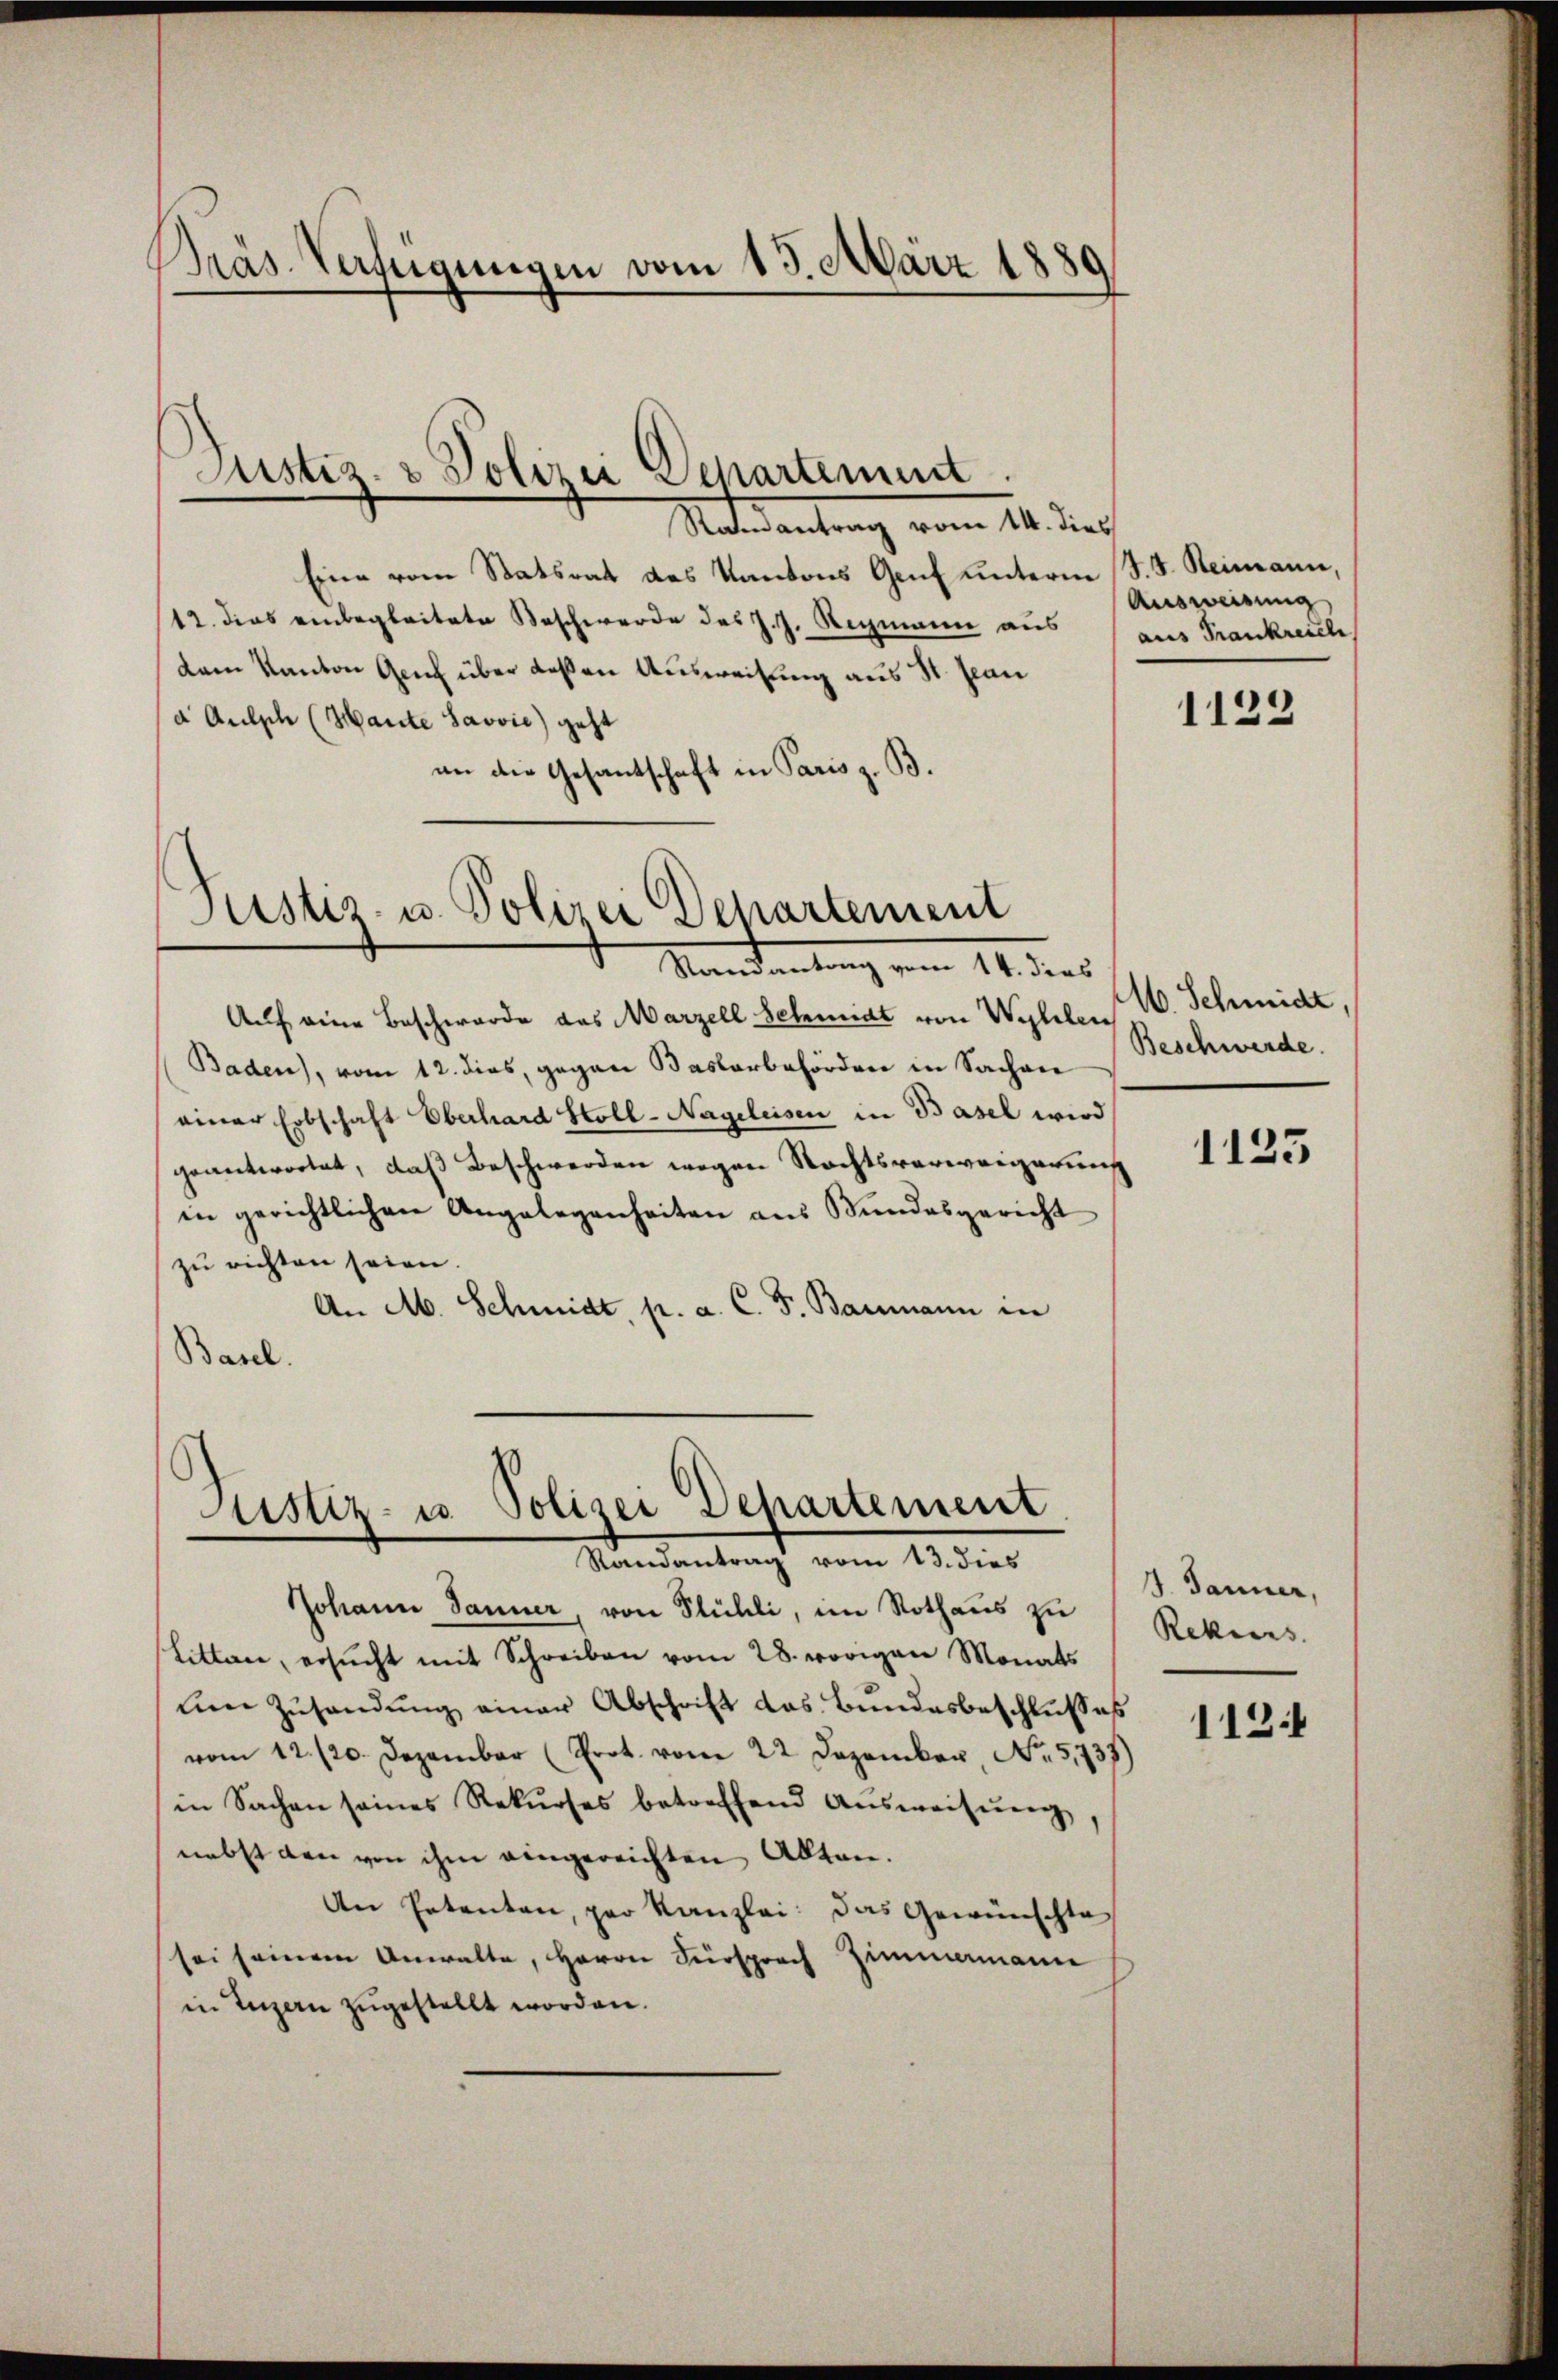
Präs. Verfügungen vom 13. März 1889

Justiz & Polizei Departement
Radesartung vom 14. dies

Eine vom Statsrat des Kantons Genf unterm S. J. Heimann,
12. dies einbegleitete Beschwerde des J. J. Regmann aus
dem Kanton Geich über deßen Ausweisung aus St. Jean
a Aufsch (Hante Savvić) geht
an die Gesantschaft in Paris z. B.

Justiz- u. Polizei Departement
Mandantung vom 14. des

Auf eine Beschwerde das Marzell Schmidt von Waller W. Schmidt,
Baden), vom 12. dies, gegen Bastorbehörden in Sachen Beschwerde.
einer Erbschaft Oberhard Stoll-Nageleisen in Basel wird
geantwortet, daß Beschwerden wegen Rechtsverweigerung
in gerichtlichen Angelegenheiten aus Bŭndesgericht
zu richten seien.
An M. Schmidt, pr. a. C. F. Baumann in
Basel.

Justiz- u. Polizei Dehartement
Mandentracht vom 12. der

Ausweisung
aus Frankreiche

Johann Janner, von Stühli, im Rothaus zu
Litten, ersŭcht mit Schreiben vom 28. vorigen Monats
uen Zŭsandŭng einer Abschrift das Bundesbeschlusses
vom 12./20. Dezember (Prot. vom 22. Dezember, No. 5,737)
in Sachen seines Rekŭrses betreffend Aŭsweisŭng,
nebst den von ihm eingereichten Akten.
An Petenten, per Kanzlei: Das Gewünschte
sei seinem Anwalte, Herrn Fürsprach Zimme
e
in Luzern zugestellt worden.

1122

1125

J. Janner,
Rekurs.

112.